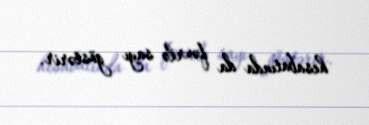
hesabatında da fəxrlə sayı göstərir.